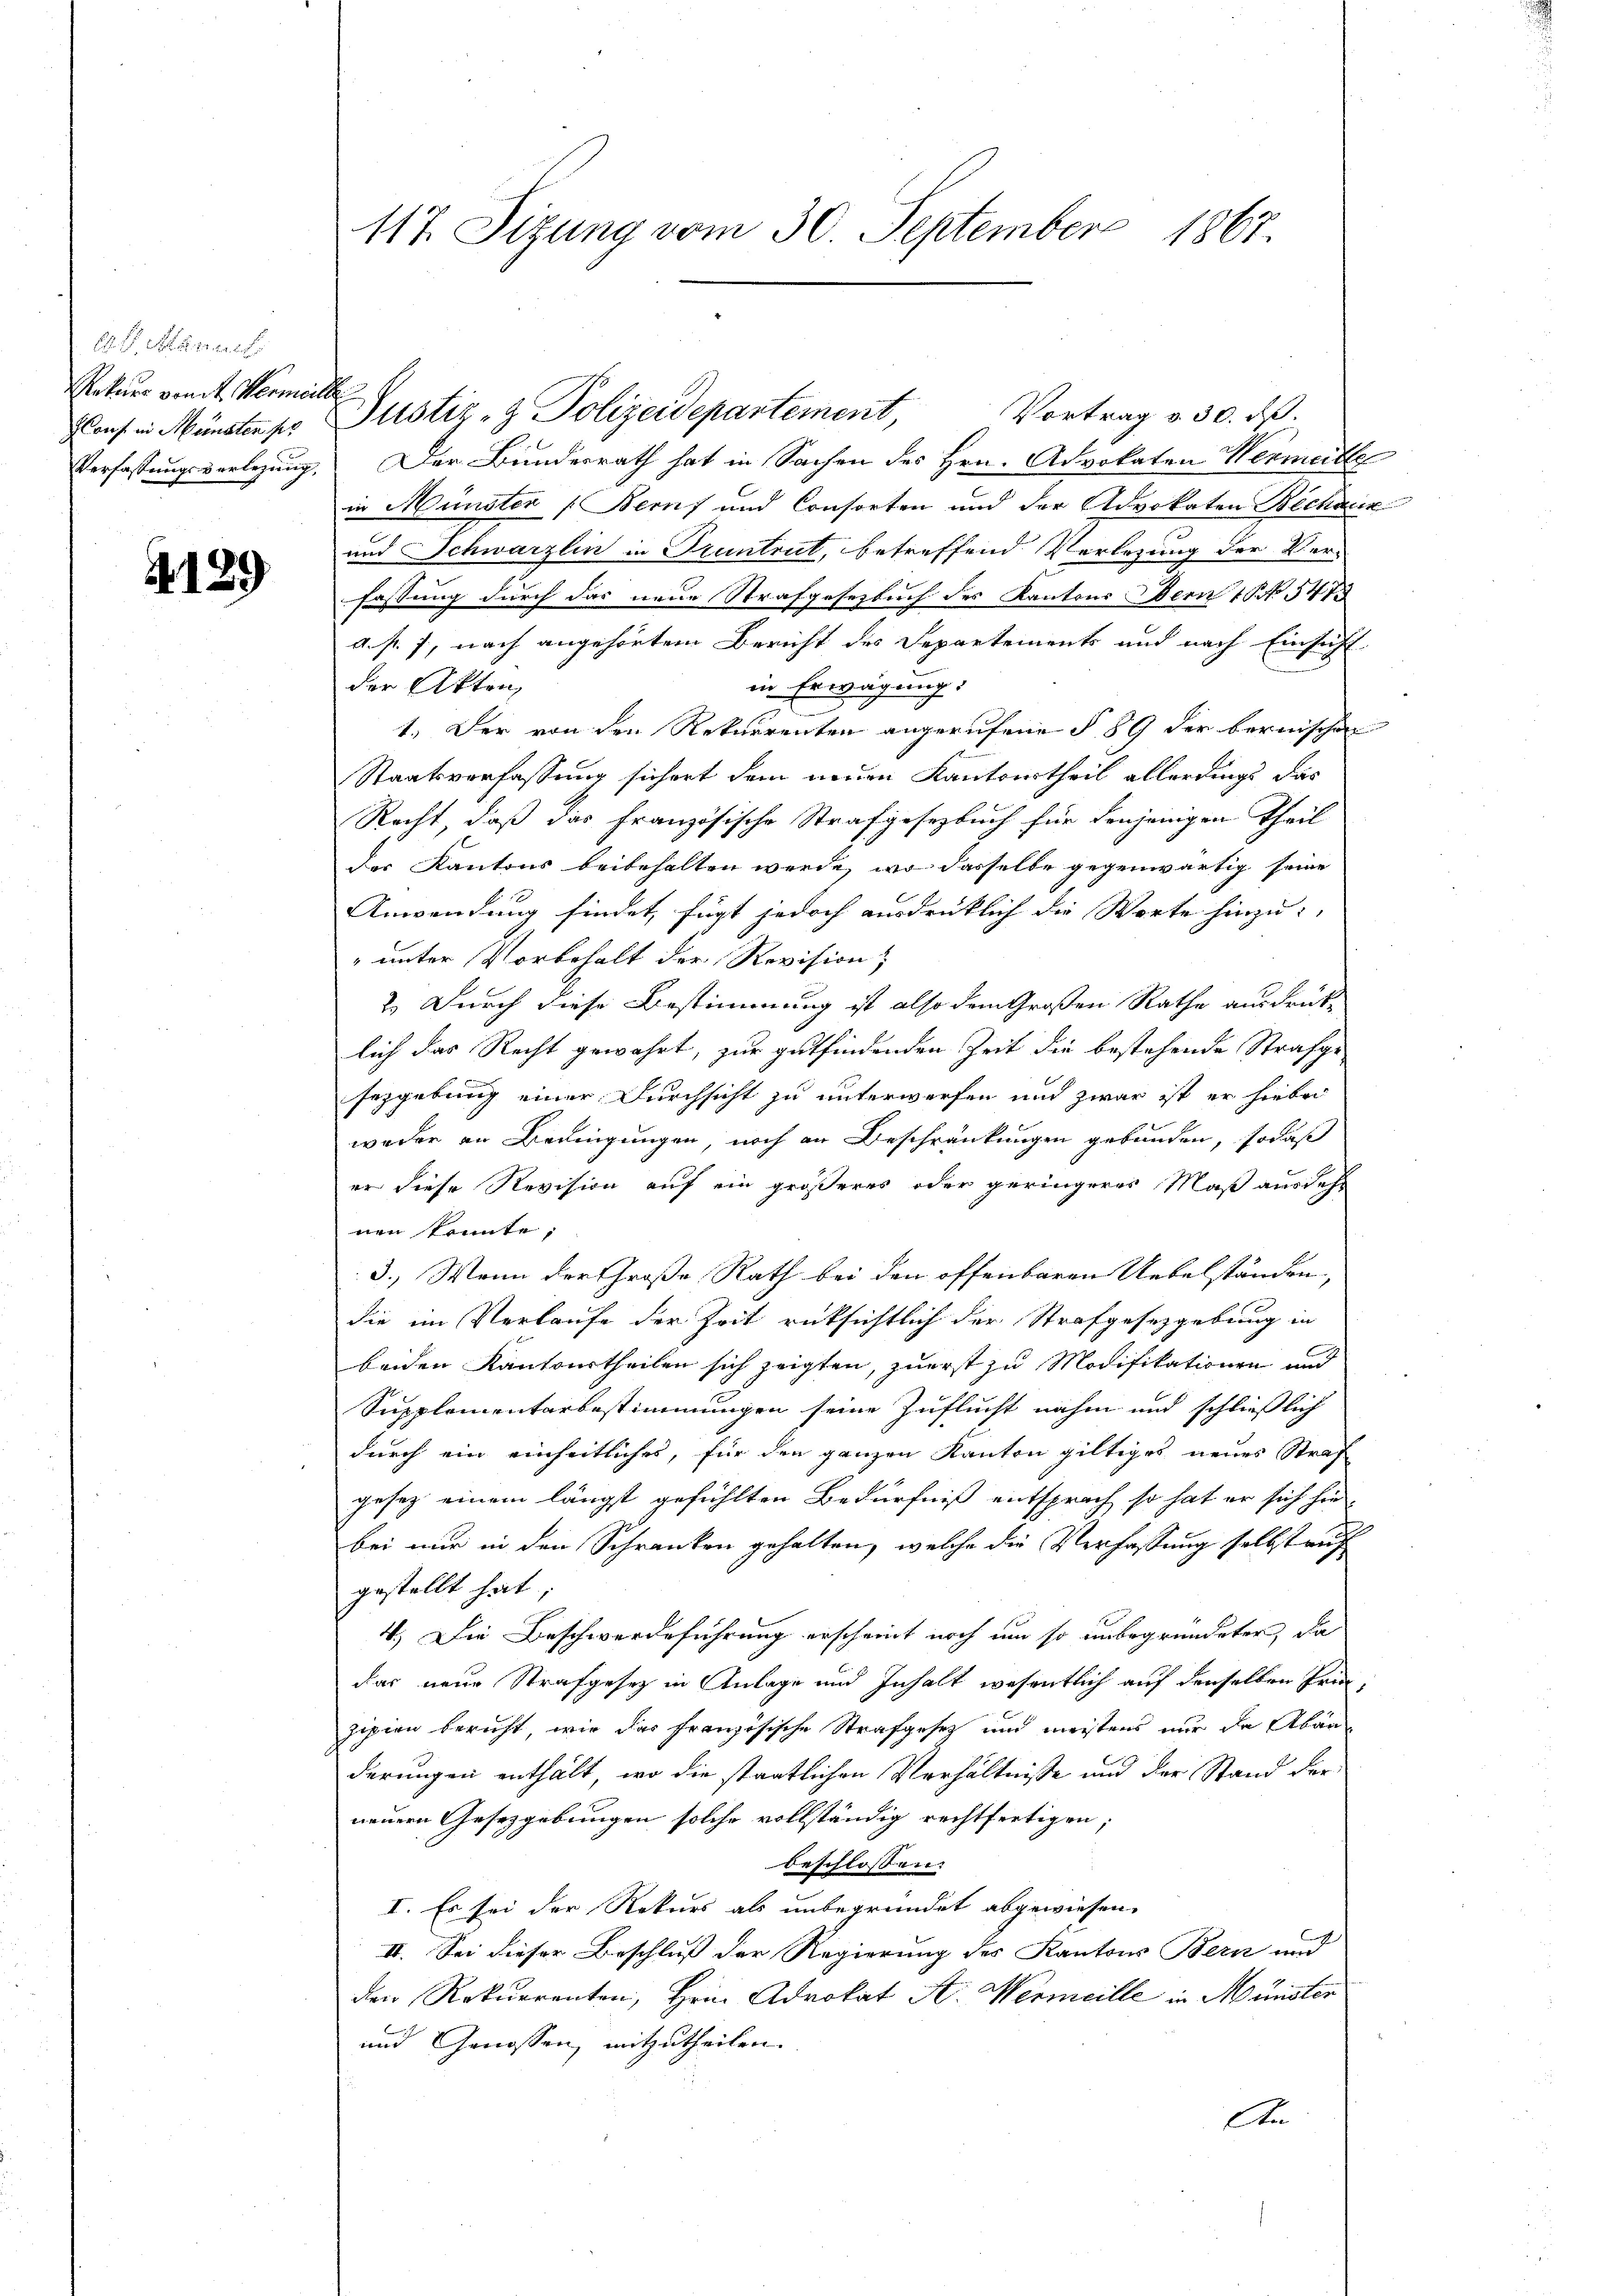
Es man
Rekurs von St. Vermeille
Flauf in Münsten pr

4129

117. Sizung vom 30. September 1867.

Vortrag v. 30. ds.
Verfassungsverlegung. Der Bundesrath hat in Sachen des Hrn. Advokaten Vermeitle
in Münster (Beruf und Consorten und der Advokaten Bechnun
und Schwarzlin in Pruntrut, betreffend Verlegung der Ver-
fassung durch das neue Strafgesetzbuch des Kantons Den 16. 541
a. f. 7, nach angehörtem Bericht des Departements und nach Einsicht
in Erwägung:
der Akten,
1. Der von den Rekurrenten angerufene § 89 der bernischen
Staatsverfassung sichert dem neuen Kantonstheil allerdings das
Recht, daß das französische Strafgesetzbuch für denjenigen Theil
des Kantons beibehalten werde, wo dasselbe gegenwärtig seine
Anwendung findet, fügt jedoch ausdrücklich die Worte hinzu- |
" unter Vorbehalt der Revision,
2.) Durch diese Bestimmung ist also dem Großen Rathe ausdrück-
lich das Recht gewahrt, zur gutfindenden Zeit die bestehende Strafge-
sezgebung einer Durchsicht zu unterworfen und zwar ist er hiebei
weder an Bedingungen, noch an Beschränkungen gebunden, sodaß
er diese Revision auf ein größeres oder geringeres Maß ausdehr
nen konnte;
3.) Wenn der Große Rath bei den offenbaren Uebelständen,
die im Verlaufe der Zeit rüksichtlich der Strafgesetzgebung in
beiden Kantourtheilen sich zeigten, zuerst zu Modifikationen und
Supplementarbestimmungen seine Zuflucht nahm und schließlich
durch ein einheitliches, für den ganzen Kanton giltiges neues Straf
gesez einem längst gefühlten Bedürfniß entsprach so hat er sich hie
bei nur in den Schranken gehalten, welche die Verfassung selbst auf
gestellt hat;
4.) Die Beschwerdeführung erscheint noch um so unbegründeter, da
das neue Strafgesetz in Anlage und Inhalt wesentlich auf denselben Freizipien bericht, wie das französische Strafgesetz und meistens nur de Abän
derungen enthält, wo die staatlichen Verhältnisse und der Stand der
neuern Gesetzgebungen solche vollständig rechtfertigen,
beschlossen.
I. Es sei der Rekurs als unbegründet abgewiesen.
II. Sei dieser Beschluß der Regierung des Kantons Bern und
den Rekurrenten, Hrn. Advokat A. Wermeille in Münster
und Genossen, mitzutheilen.
An

Justiz- & Polizeidepartement,